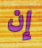
إن